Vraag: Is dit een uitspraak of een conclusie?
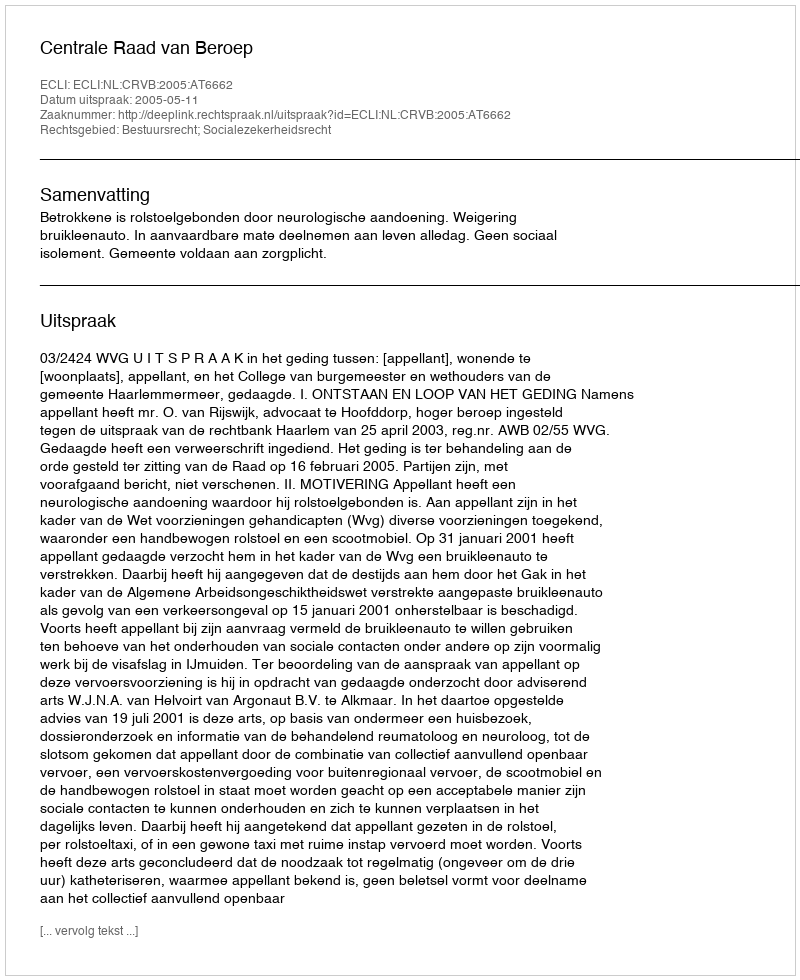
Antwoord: Uitspraak